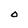
Character: O